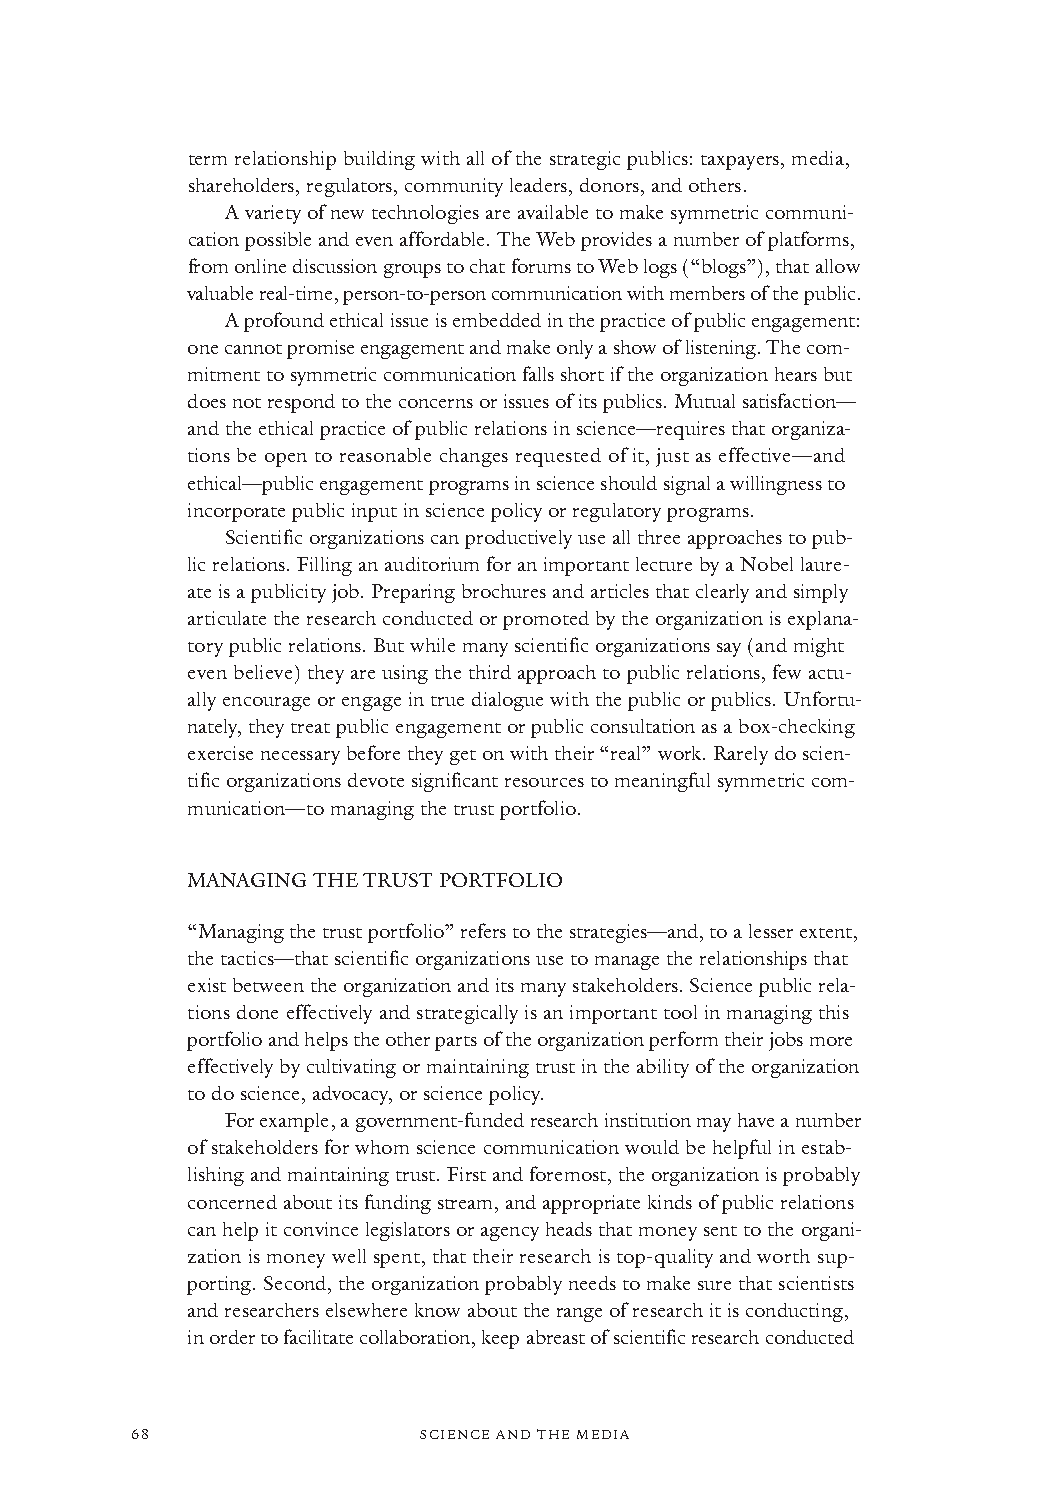
term relationship building with all of the strategic publics: taxpayers, media,
 shareholders, regulators, community leaders, donors, and others.
 A variety of new technologies are available to make symmetric communi-
 cation possible and even affordable. The Web provides a number of platforms,
 from online discussion groups to chat forums to Web logs (“blogs”),that allow
 valuable real-time, person-to-person communication with members of the public.
 A profound ethical issue is embedded in the practice of public engagement:
 one cannot promise engagement and make only a show of listening. The com-
 mitment to symmetric communication falls short if the organization hears but
 does not respond to the concerns or issues of its publics. Mutual satisfaction—
 and the ethical practice of public relations in science—requires that organiza-
 tions be open to reasonable changes requested of it, just as effective—and
 ethical—public engagement programs in science should signal a willingness to
 incorporate public input in science policy or regulatory programs.
 Scientific organizations can productively use all three approaches to pub-
 lic relations. Filling an auditorium for an important lecture by a Nobel laure-
 ate is a publicity job. Preparing brochures and articles that clearly and simply
 articulate the research conducted or promoted by the organization is explana-
 tory public relations. But while many scientific organizations say (and might
 even believe) they are using the third approach to public relations, few actu-
 ally encourage or engage in true dialogue with the public or publics. Unfortu-
 nately, they treat public engagement or public consultation as a box-checking
 exercise necessary before they get on with their “real” work. Rarely do scien-
 tific organizations devote significant resources to meaningful symmetric com-
 munication—to managing the trust portfolio.
 MANAGING THE TRUST PORTFOLIO
 “Managing the trust portfolio” refers to the strategies—and, to a lesser extent,
 the tactics—that scientific organizations use to manage the relationships that
 exist between the organization and its many stakeholders. Science public rela-
 tions done effectively and strategically is an important tool in managing this
 portfolio and helps the other parts of the organization perform their jobs more
 effectively by cultivating or maintaining trust in the ability of the organization
 to do science, advocacy, or science policy.
 For example, a government-funded research institution may have a number
 of stakeholders for whom science communication would be helpful in estab-
 lishing and maintaining trust. First and foremost, the organization is probably
 concerned about its funding stream, and appropriate kinds of public relations
 can help it convince legislators or agency heads that money sent to the organi-
 zation is money well spent, that their research is top-quality and worth sup-
 porting. Second, the organization probably needs to make sure that scientists
 and researchers elsewhere know about the range of research it is conducting,
 in order to facilitate collaboration, keep abreast of scientific research conducted
 68                 SCIENCE AND THE MEDIA